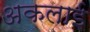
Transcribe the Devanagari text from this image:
अकलाई